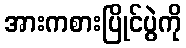
အားကစားပြိုင်ပွဲကို